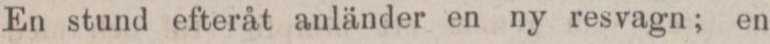
En stund efteråt anländer en ny resvagn; en